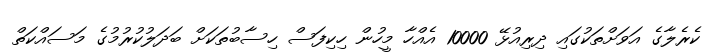
ކެރެލާގެ އަވަށްތަކުގައި ދިރިއުޅޭ 10000 އެއްހާ މީހުން ހިކިފަސް ހިސާބުތަކަށް ބަދަލުކުރުމުގެ މަސައްކަތް